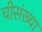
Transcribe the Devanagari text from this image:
चीसंख्या